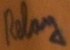
Text: Relay